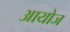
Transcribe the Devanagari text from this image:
आयोज